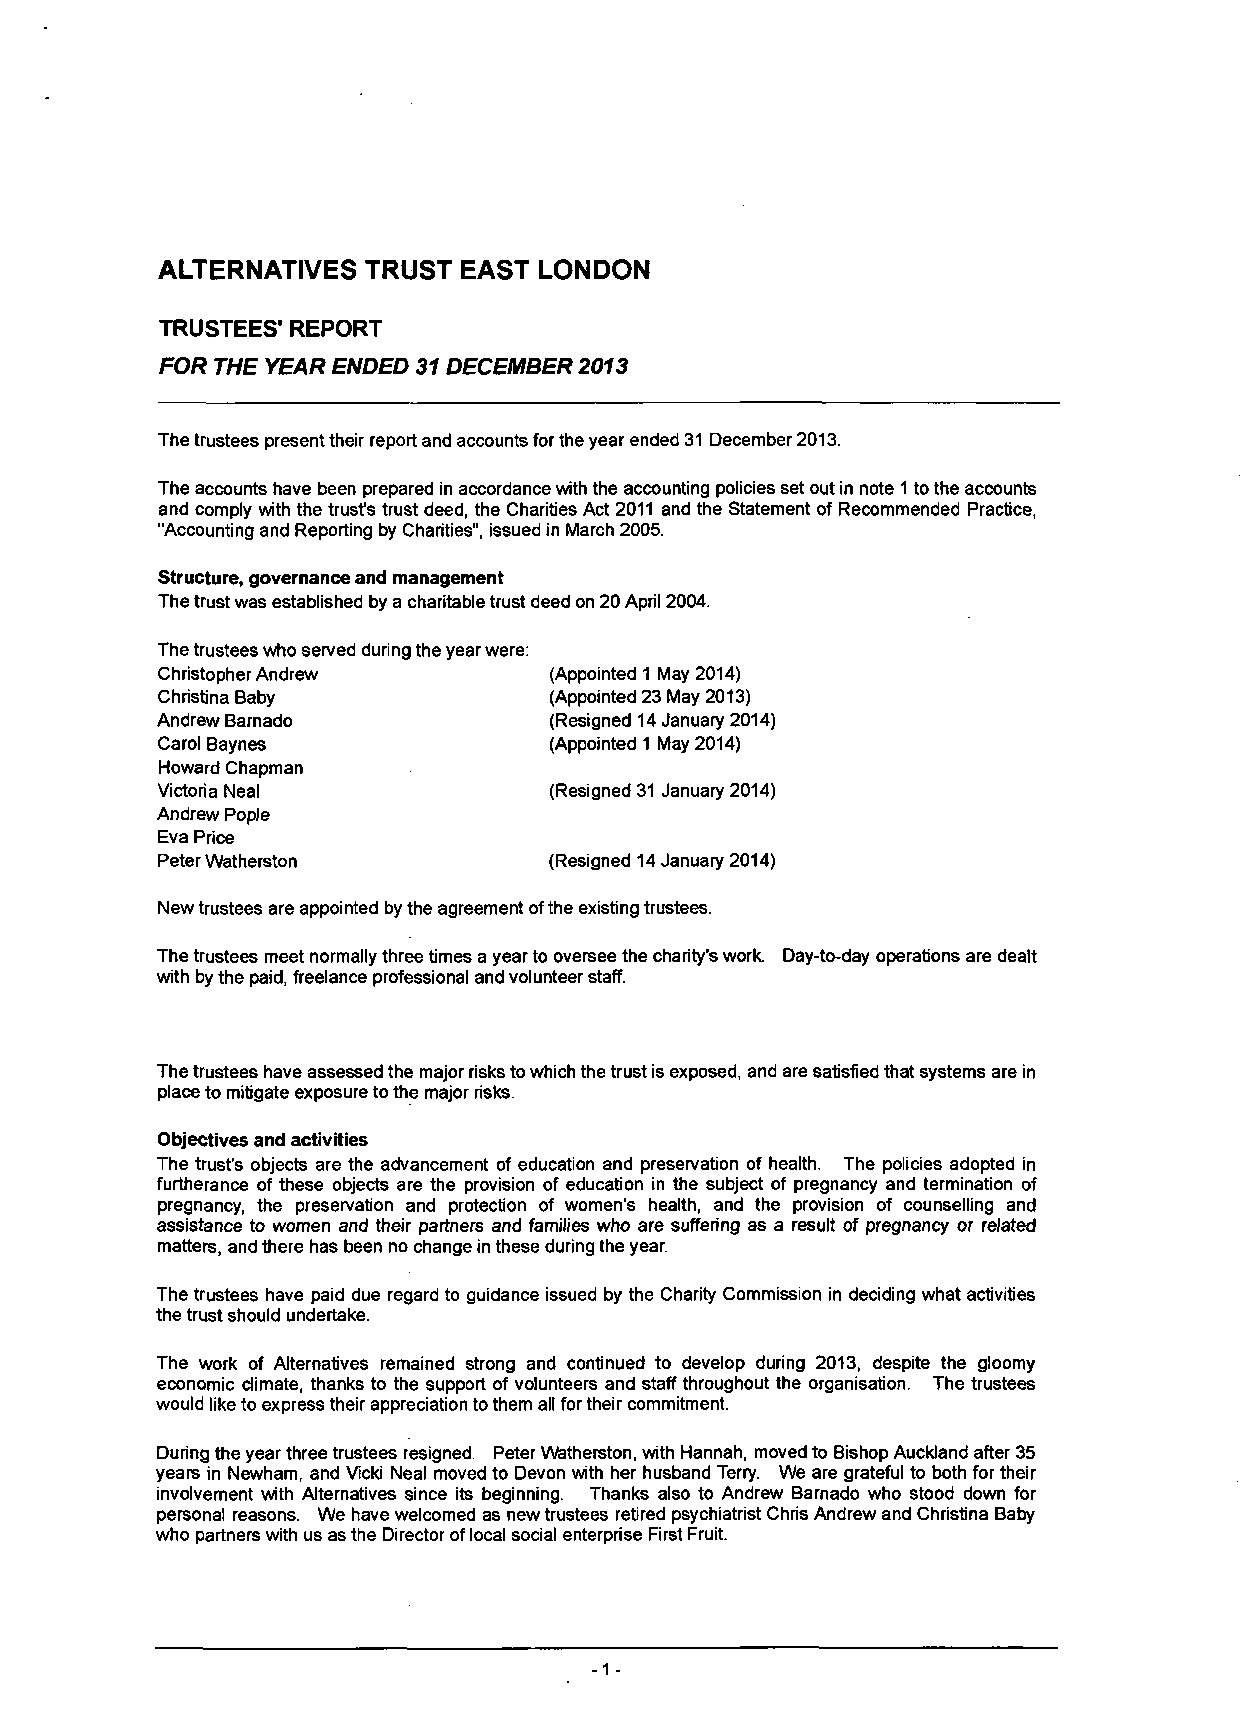
ALTERNATIVES  TRUST EAST  LONDON
 TRUSTEES' REPORT
 FOR THE YEAR ENDED 31 DECEMBER 2013
 The trustees present their report and accounts for the year ended 31 December 2013.
 The accounts have been prepared in accordance with the accounting policies set out in note 1 to the accounts
 and comply with the trusts trust deed, the Charities Act 2011 and the Statement of Recommended Practice,
 "Accounting and Reporting by Charities", issued in March 2005.
 Structure, governance and management
 The trust was established by a charitable trust deed on 20 April 2004.
 The trustees who served during the year were:
 Christopher Andrew        (Appointed 1 May 2014)
 Christina Baby            (Appointed 23 May 2013)
 Andrew Barnado            (Resigned 14 January 2014)
 Carol Baynes              (Appointed 1 May 2014)
 Howard Chapman
 Victoria Neal             (Resigned 31 January 2014)
 Andrew Pople
 Eva Price
 Peter Watherston          (Resigned 14 January 2014)
 New trustees are appointed by the agreement of the existing trustees.
 The trustees meet normally three times a year to oversee the charity's work. Day-to-day operations are dealt
 with by the paid, freelance professional and volunteer staff.
 The trustees have assessed the major risks to which the trust is exposed, and are satisfied that systems are in
 place to mitigate exposure to the major risks.
 Objectives and activities
 The trust's objects are the advancement of education and preservation of health. The policies adopted in
 furtherance of these objects are the provision of education in the subject of pregnancy and termination of
 pregnancy, the preservation and protection of women's health, and the provision of counselling and
 assistance to women and their partners and families who are suffering as a result of pregnancy or related
 matters, and there has been no change in these during the year.
 The trustees have paid due regard to guidance issued by the Charity Commission in deciding what activities
 the trust should undertake.
 The work of Alternatives remained strong and continued to develop during 2013, despite the gloomy
 economic climate, thanks to the support of volunteers and staff throughout the organisation. The trustees
 would like to express their appreciation to them all for their commitment.
 During the year three trustees resigned. Peter Watherston, with Hannah, moved to Bishop Auckland after 35
 years in Newham, and vlcki Neal moved to Devon with her husband Terry. We are grateful to both for their
 involvement with Alternatives since its beginning. Thanks also to Andrew Barnado who stood down for
 personal reasons. We have welcomed as new trustees retired psychiatrist Chris Andrew and Christina Baby
 who partners with us as the Director of local social enterprise First Fruit.